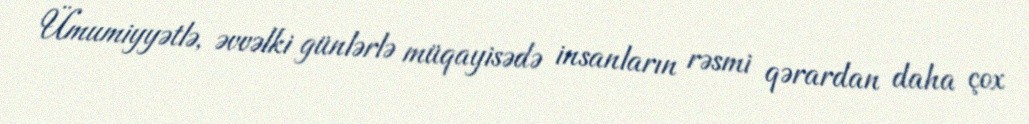
Ümumiyyətlə, əvvəlki günlərlə müqayisədə insanların rəsmi qərardan daha çox